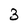
Character: 3